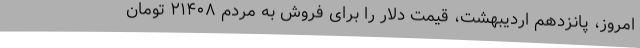
امروز، پانزدهم اردیبهشت، قیمت دلار را برای فروش به مردم ۲۱۴۰۸ تومان